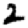
Digit: 2